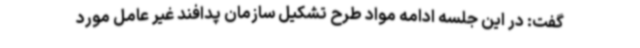
گفت: در این جلسه ادامه مواد طرح تشکیل سازمان پدافند غیر عامل مورد